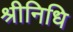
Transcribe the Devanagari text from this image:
श्रीनिधि